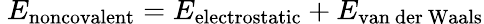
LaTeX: \ E_{\mathrm{noncovalent}}=E_{\mathrm{electrostatic}}+E_{\mathrm{van~der~Waals}}